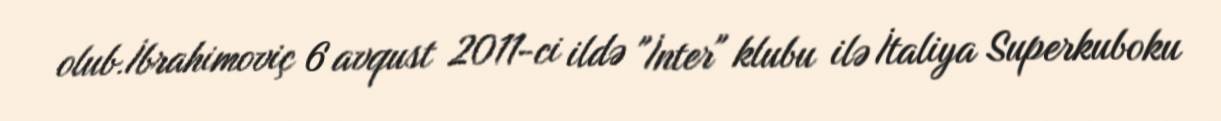
olub.İbrahimoviç 6 avqust 2011-ci ildə "İnter" klubu ilə İtaliya Superkuboku